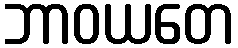
ဘာဝယတေ